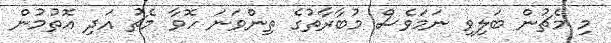
މި މެޗުން ބަލިވި ނަމަވެސް މުބާރާތުގެ ތިންވަނަ ހޮވާ މެޗު އަދި އޮތުމުން